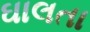
ઘાલતા